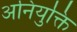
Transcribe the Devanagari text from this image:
अनियुक्ति